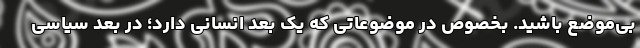
بی‌موضع باشید. بخصوص در موضوعاتی که یک بعد انسانی دارد؛ در بعد سیاسی